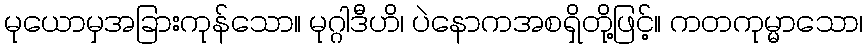
မုယောမှအခြားကုန်သော။ မုဂ္ဂါဒီဟိ၊ ပဲနောကအစရှိတို့ဖြင့်။ ကတကုမ္မာသော၊